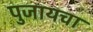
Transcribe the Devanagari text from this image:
पुजायचा